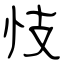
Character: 忮